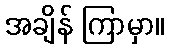
အချိန် ကြာမှာ။